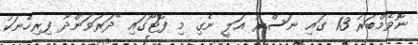
ނޮވެމްބަރު 13 ގައި ނަސްރު އަލީ ނެގި މި ފޮޓޯގައި "ދަރަވަންދޫ ފިރިހެނަކު